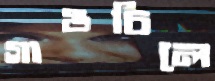
গাঙচিলে